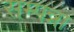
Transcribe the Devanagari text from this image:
सम्पन्ना